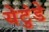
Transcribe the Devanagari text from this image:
येटुंडे